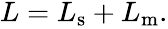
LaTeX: \begin{array}{r}{L=L_{\mathrm{s}}+L_{\mathrm{m}}.}\end{array}